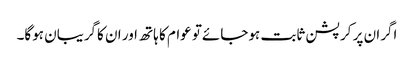
اگران پر کرپشن ثابت ہوجائےتو عوام کا ہاتھ اور ان کاگریبان ہوگا۔